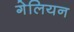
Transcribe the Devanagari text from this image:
गेलियन